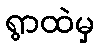
ရွာထဲမှ